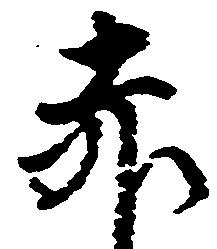
赤